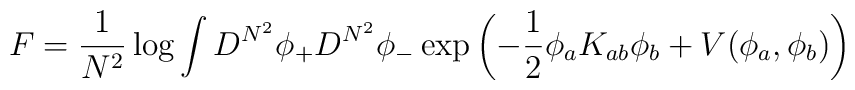
F = { 1 \over N^2} \log \int D^{N^2} \phi_{+} D^{N^2} \phi_{-}  \exp \left( -{1 \over2 } \phi_a K_{ab} \phi_b + V(\phi_a, \phi_b) \right)